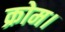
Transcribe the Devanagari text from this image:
क्रोम।